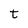
Character: t